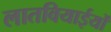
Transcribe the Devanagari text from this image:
लातवियाईयों